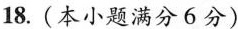
18. (本小题满分6分)